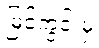
မြင်ကွင်းမှ